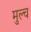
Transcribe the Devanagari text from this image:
मुल्च